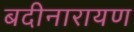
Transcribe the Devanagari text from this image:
बदीनारायण